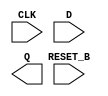
// This program was cloned from: https://github.com/lnis-uofu/SOFA
// License: MIT License

//Generated from netlist by SpyDrNet
//netlist name: FPGA88_SOFA_A
module sky130_fd_sc_hd__dfrtp_1
(
    CLK,
    D,
    RESET_B,
    Q
);

    input CLK;
    input D;
    input RESET_B;
    output Q;

    wire CLK;
    wire D;
    wire Q;
    wire RESET_B;

endmodule